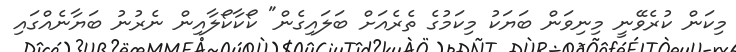
މިކަން ކުރެވޭނީ މިނިވަން ބަޔަކު މިކަމުގެ ތެރެއަށް ބަލައިގެން" ކޯކާކޯލާއިން ނެރުނު ބަޔާނެއްގައި